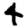
Digit: 4